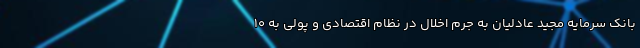
بانک سرمایه مجید عادلیان به جرم اخلال در نظام اقتصادی و پولی به ۱۰